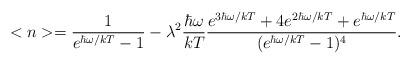
LaTeX: \begin{align*}<n>=\frac {1}{e^{\hbar \omega /kT}-1}-\lambda ^{2}\frac {\hbar \omega}{kT}\frac {e^{3\hbar \omega /kT}+4e^{2\hbar \omega /kT}+e^{\hbar \omega /kT}}{(e^{\hbar \omega /kT}-1)^{4}}.\end{align*}